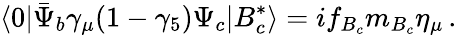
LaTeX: \langle 0|\bar{\Psi}_{b}\gamma_{\mu}(1-\gamma_{5})\Psi_{c}|B_{c}^{*}\rangle=if_{B_{c}}m_{B_{c}}\eta_{\mu}\, .